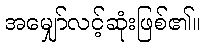
အမျှော်လင့်ဆုံးဖြစ်၏။